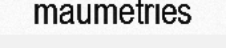
maumetries